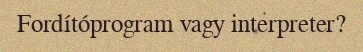
Fordítóprogram vagy interpreter?